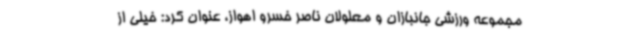
مجموعه ورزشی جانبازان و معلولان ناصر خسرو اهواز، عنوان کرد: خیلی از